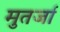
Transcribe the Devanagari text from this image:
मुतर्जा